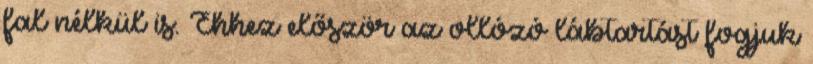
fal nélkül is. Ehhez először az ollózó lábtartást fogjuk